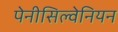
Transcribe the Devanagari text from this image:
पेनीसिल्वेनियन